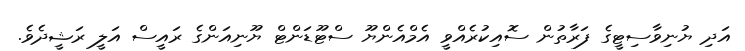
އަދި ޔުނިވާސިޓީގެ ފަރާތުން ސޮއިކުރެއްވީ އެމްއެންޔޫ ސްޓޫޑަންޓް ޔޫނިއަންގެ ރައީސް އަލީ ރަޝީދެވެ.